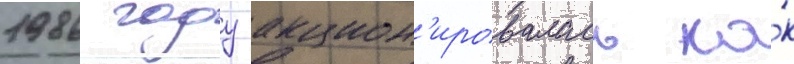
1986 году акцион'ировалась ка́к